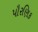
પૌરણિક